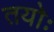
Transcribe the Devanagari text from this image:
तयोः